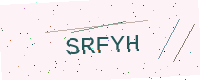
Text: SRFYH